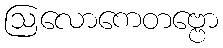
ဩလောကေတဗ္ဗော